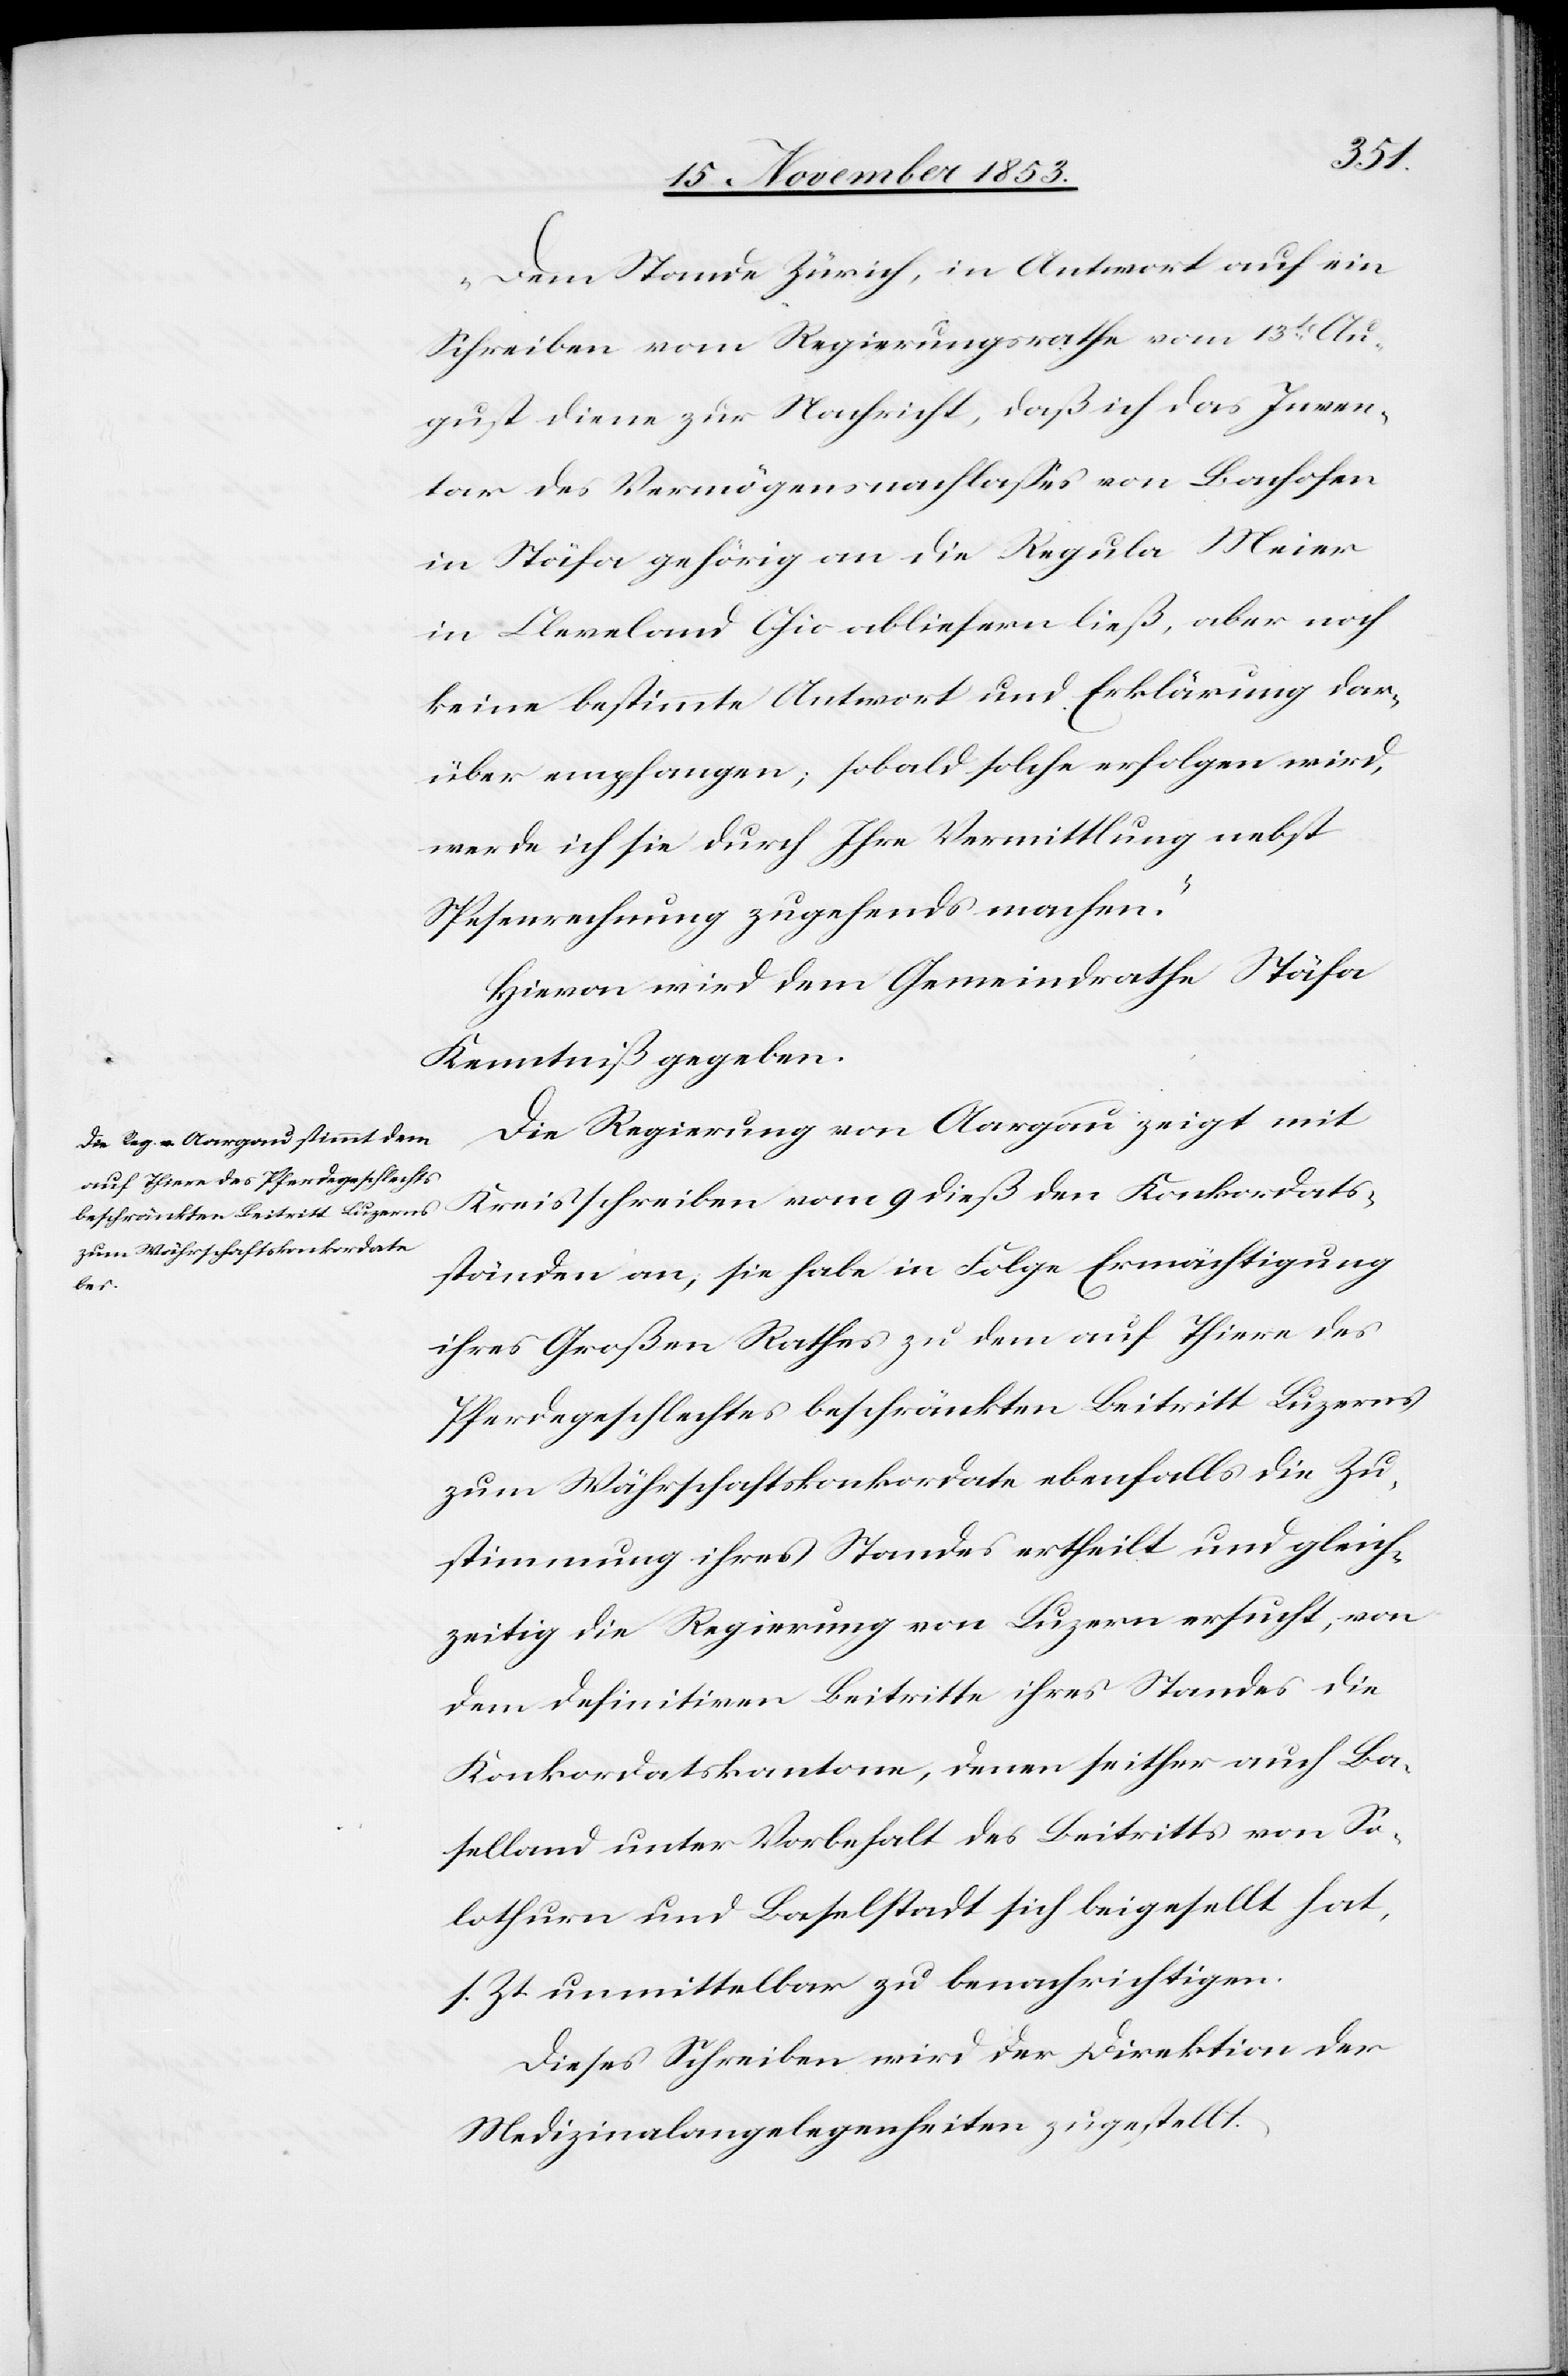
„Dem Stande Zürich, in Antwort auf ein
Schreiben vom Regierungsrathe vom 13t Au¬
gust diene zur Nachsicht, daß ich das Inven¬
tar des Vermögensnachlaßes von Bachofen
in Stäfa gehörig an die Regula Meier
in Cleveland Ohio abliefern ließ, aber noch
keine bestimmte Antwort und Erklärung dar¬
auf empfangen, sobald solche erfolgen wird,
werde ich sie durch Ihre Vermittlung nebst
Spesenrechnung zugehends machen.“
Hievon wird dem Gemeindrathe Stäfa
Kenntniß gegeben.
Die Regierung von Aargau zeigt mit
Kreisschreiben vom 9 dieß den Konkordats¬
ständen an, sie habe in Folge Ermächtigung
ihres Großen Rathes zu dem auf Thiere des
Pferdegeschlechtes beschränkten Beitritt Luzerns
zum Währschaftskonkordate ebenfalls die Zu¬
stimmung ihres Standes ertheilt und gleich¬
zeitig die Regierung von Luzern ersucht, von
dem definitiven Beitritte ihres Standes die
Konkordatskantone, denen seither auch Ba¬
selland unter Vorbehalt des Beitrittes von So¬
lothurn und Baselstadt sich beigesellt hat,
s. Zt. unmittelbar zu benachrichtigen.
Dieses Schreiben wird der Direktion der
Medizinalangelegenheiten zugestellt.